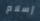
إسلام